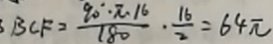
B C F = \frac { 9 0 ^ { \circ } \cdot \pi \cdot 1 6 } { 1 8 0 } \cdot \frac { 1 6 } { 2 } = 6 4 \pi